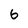
Character: 6